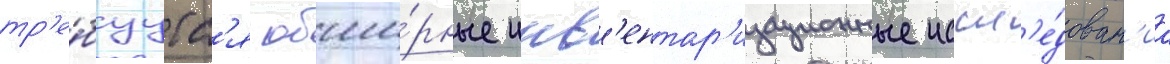
тр'е́буутс'я обши́рные инв'ентар'изационные иссл'е́дован'иа